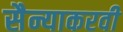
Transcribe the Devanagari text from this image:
सैन्याकरवी